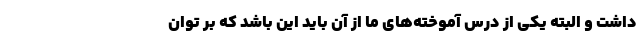
داشت و البته یکی از درس آموخته‌های ما از آن باید این باشد که بر توان